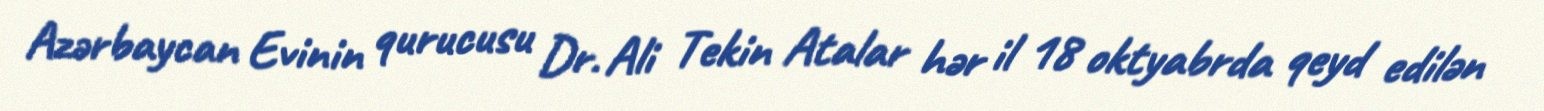
Azərbaycan Evinin qurucusu Dr. Ali Tekin Atalar hər il 18 oktyabrda qeyd edilən